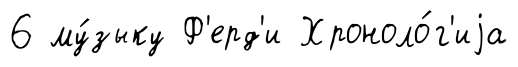
6 му́зыку Ф'ерд'и Хроноло́г'иjа